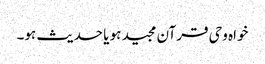
خواہ وحی قرآن مجید ہو یا حدیث ہو۔